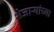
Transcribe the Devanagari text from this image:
शेजाऱ्यांच्या